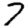
Digit: 7